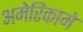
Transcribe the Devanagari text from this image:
अमेरिकामे